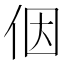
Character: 𪜶